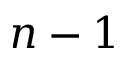
n - 1